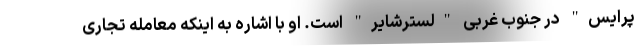
پرایس" در جنوب غربی "لسترشایر" است. او با اشاره به اینکه معامله تجاری